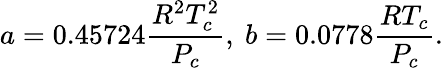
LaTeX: a=0.45724\frac{R^{2}T_{c}^{2}}{P_{c}},\ b=0.0778\frac{RT_{c}}{P_{c}}.